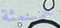
خمسمئة